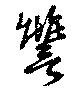
讐